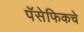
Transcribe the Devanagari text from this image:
पॅसेफिकचे